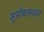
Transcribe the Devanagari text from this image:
मुसीबतनामा